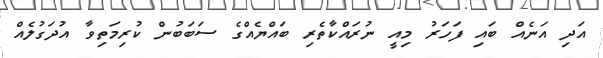
އަދި އަނެއް ބައި ފަހަރު މިއީ ނުރައްކާތެރި ބައްޔެއްގެ ސަބަބުން ކުރިމަތިވާ އުދަގުލެއް